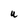
Character: u